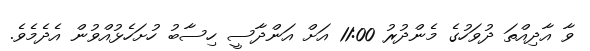
ވާ އާދިއްތަ ދުވަހުގެ މެންދުރު 11:00 އަށް އަންދާސީ ހިސާބު ހުށަހެޅުއްވުން އެދެމެވެ.